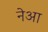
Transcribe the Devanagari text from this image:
नेआ